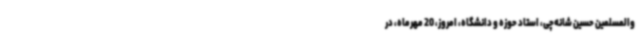
والمسلمین حسین شانه‌چی، استاد حوزه و دانشگاه، امروز، 20 مهرماه، در